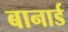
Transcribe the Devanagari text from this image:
बानार्ड